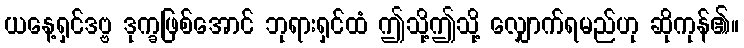
ယနေ့ရှင်ဒဗ္ဗ ဒုက္ခဖြစ်အောင် ဘုရားရှင်ထံ ဤသို့ဤသို့ လျှောက်ရမည်ဟု ဆိုကုန်၏။